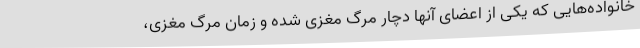
خانواده‌هایی که یکی از اعضای آنها دچار مرگ مغزی شده و زمان مرگ مغزی،